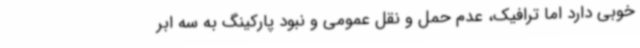
خوبی دارد اما ترافیک، عدم حمل و نقل عمومی و نبود پارکینگ به سه ابر